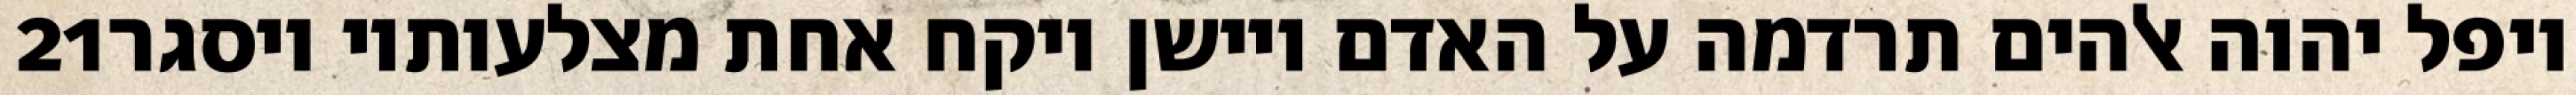
‎21‏ ויפל יהוה אלהים תרדמה על האדם ויישן ויקח אחת מצלעותיו ויסגר